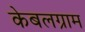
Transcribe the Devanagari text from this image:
केबलग्राम